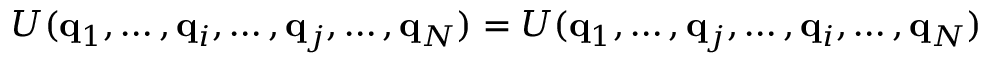
U ( \mathbf { q } _ { 1 } , \dots , \mathbf { q } _ { i } , \dots , \mathbf { q } _ { j } , \dots , \mathbf { q } _ { N } ) = U ( \mathbf { q } _ { 1 } , \dots , \mathbf { q } _ { j } , \dots , \mathbf { q } _ { i } , \dots , \mathbf { q } _ { N } )